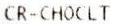
CR-CHOCLT